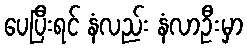
ပေပြီးရင် နံလည်း နံလာဦးမှာ